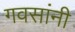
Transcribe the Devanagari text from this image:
गवसांनी